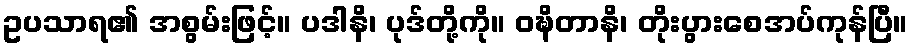
ဥပသာရ၏ အစွမ်းဖြင့်။ ပဒါနိ၊ ပုဒ်တို့ကို။ ဝဍ္ဎိတာနိ၊ တိုးပွားစေအပ်ကုန်ပြီ။